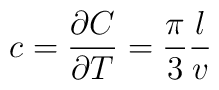
c=\frac{\partial C}{\partial T}=\frac{\pi}{3}\frac{l}{v}